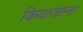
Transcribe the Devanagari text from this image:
कियाजाना